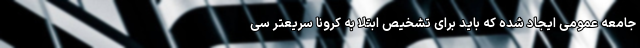
جامعه عمومی ایجاد شده که باید برای تشخیص ابتلا به کرونا سریعتر سی